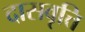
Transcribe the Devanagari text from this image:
दासवृत्ति